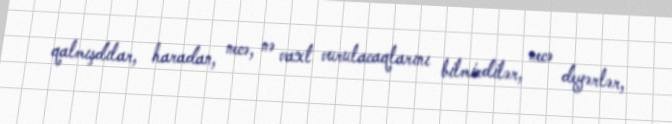
qalmışdılar, haradan, necə, nə vaxt vurulacaqlarını bilmirdilər, necə deyərlər,